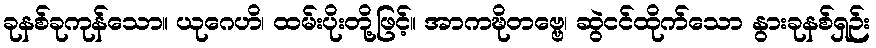
ခုနစ်ခုကုန်သော။ ယုဂေဟိ၊ ထမ်းပိုးတို့ဖြင့်။ အာကဍ္ဎိတဗ္ဗေ၊ ဆွဲငင်ထိုက်သော နွားခုနစ်ရှဉ်း